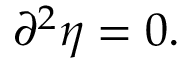
\partial ^ { 2 } \eta = 0 .